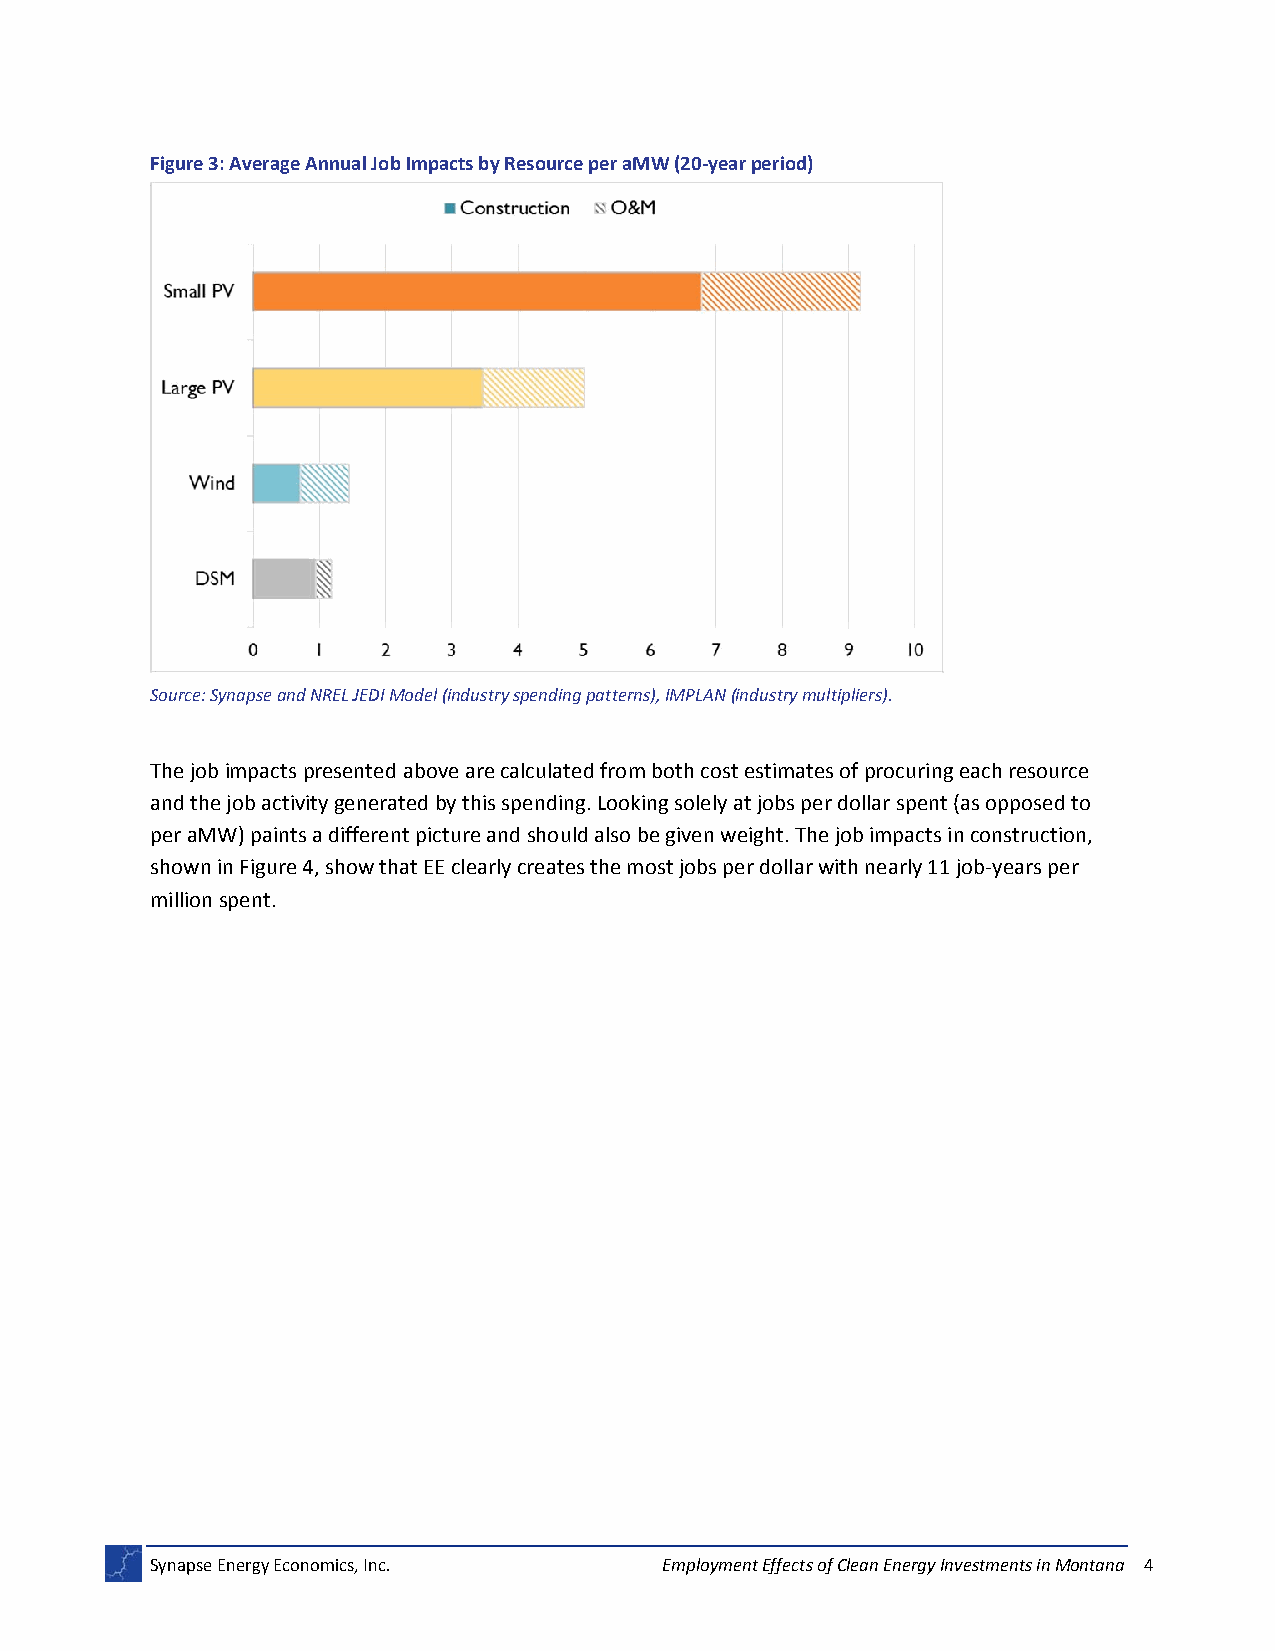
Figure 3: Average Annual Job Impacts by Resource per aMW (20‐year period)
 Source: Synapse and NREL JEDI Model (industry spending patterns), IMPLAN (industry multipliers).
 The job impacts presented above are calculated from both cost estimates of procuring each resource
 and the job activity generated by this spending. Looking solely at jobs per dollar spent (as opposed to
 per aMW) paints a different picture and should also be given weight. The job impacts in construction,
 shown in Figure 4, show that EE clearly creates the most jobs per dollar with nearly 11 job‐years per
 million spent.
 Synapse Energy Economics, Inc.    Employment Effects of Clean Energy Investments in Montana 4